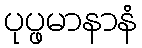
ပုပ္ဖမာနာနံ